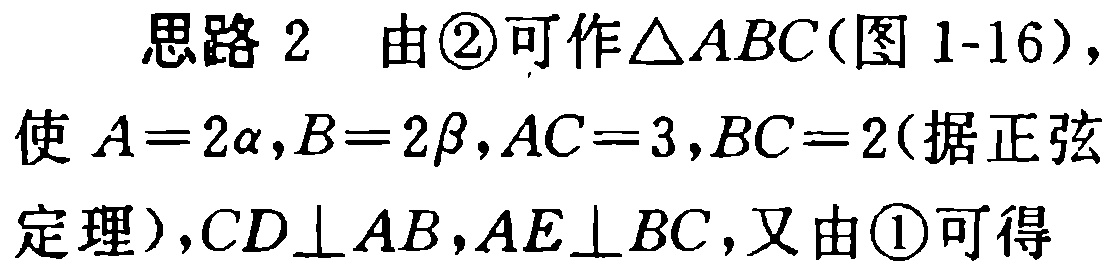
思路 2 由\textcircled{2}可作\(\triangle ABC\)(图 1-16)，使\(A = 2\alpha,B = 2\beta,AC = 3,BC = 2\)(据正弦定理)，\(CD\perp AB,AE\perp BC\)，又由\textcircled{1}可得